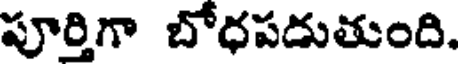
పూర్తిగా బోధపడుతుంది.